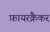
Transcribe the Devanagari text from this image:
फ़ायरक्रैकर